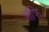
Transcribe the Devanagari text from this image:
ऑफि